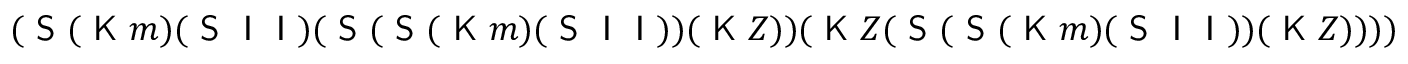
( { \textsf { S } } ( { \textsf { K } } m ) ( { \textsf { S } } { \textsf { I } } { \textsf { I } } ) ( { \textsf { S } } ( { \textsf { S } } ( { \textsf { K } } m ) ( { \textsf { S } } { \textsf { I } } { \textsf { I } } ) ) ( { \textsf { K } } Z ) ) ( { \textsf { K } } Z ( { \textsf { S } } ( { \textsf { S } } ( { \textsf { K } } m ) ( { \textsf { S } } { \textsf { I } } { \textsf { I } } ) ) ( { \textsf { K } } Z ) ) ) )